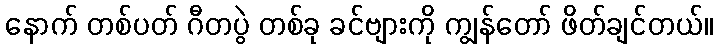
နောက် တစ်ပတ် ဂီတပွဲ တစ်ခု ခင်ဗျားကို ကျွန်တော် ဖိတ်ချင်တယ်။